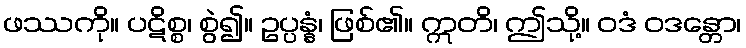
ဖဿကို။ ပဋိစ္စ၊ စွဲ၍။ ဥပ္ပန္နံ၊ ဖြစ်၏။ ဣတိ၊ ဤသို့။ ဝဒံ ဝဒန္တော၊